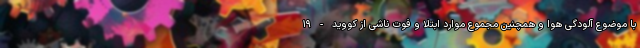
با موضوع آلودگی هوا و همچنین مجموع موارد ابتلا و فوت ناشی از کووید-۱۹